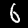
Label: 6